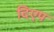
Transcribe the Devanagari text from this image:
दिएप